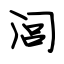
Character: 闾